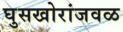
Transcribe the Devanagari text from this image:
घुसखोरांजवळ